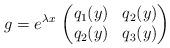
LaTeX: \begin{align*} g = e^{\lambda x}\,\begin{pmatrix} q_1(y) & q_2(y) \\ q_2(y) & q_3(y) \end{pmatrix}\end{align*}